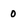
Character: 0